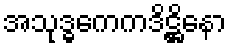
အသုဒ္ဓကေကဒိဋ္ဌိနော